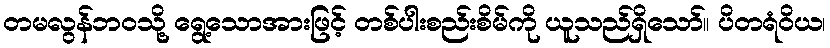
တမလွန်ဘဝသို့ ရွေ့သောအားဖြင့် တစ်ပါးစည်းစိမ်ကို ယူသည်ရှိသော်။ ပိတရံဝိယ၊